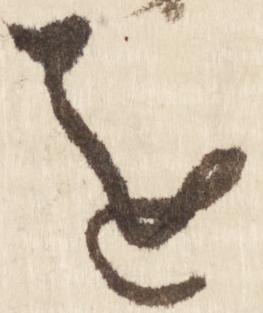
を